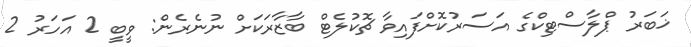
ޚަބަރު ޕްލާސްޓިކްގެ އަސަރުކޮށްފައިވާ ޗޮކުލެޓް ބާޒާރަކަށް ނުނެރެން: ވީބީ 2 އަހަރު 2